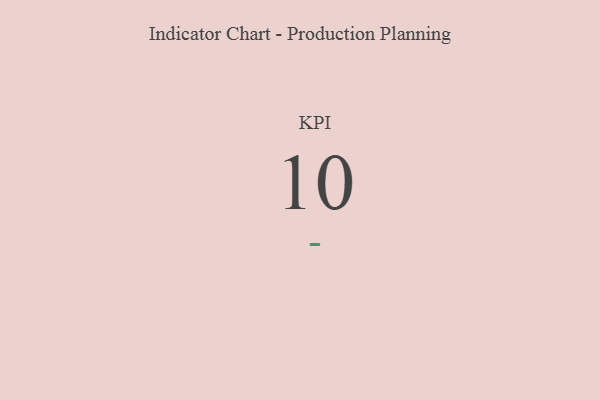
{"axis": {"x": "KPI", "y": "Value"}, "legend": [""], "data": [{"x": "KPI", "y": 10, "type": ""}]}